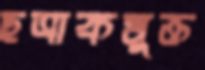
ছত্রাকমুক্ত